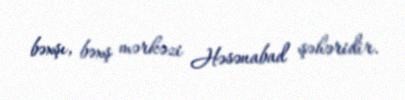
bəxşı, bəxş mərkəzi Həsənabad şəhəridir.